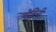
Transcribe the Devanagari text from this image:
चेयिनी